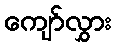
ကျော်လွှား